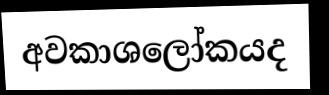
අවකාශලෝකයද